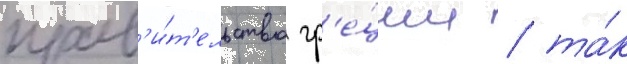
прав'и́т'ельство гр'е́ции / та́к